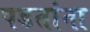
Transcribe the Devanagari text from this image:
पडतांना